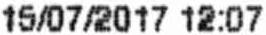
15/07/2017 12:07